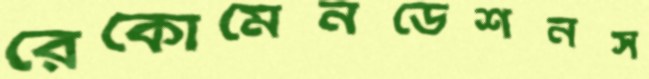
রেকোমেনডেশনস